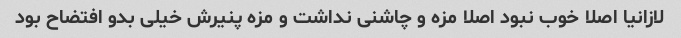
لازانیا اصلا خوب نبود اصلا مزه و چاشنی نداشت و مزه پنیرش خیلی بدو افتضاح بود